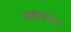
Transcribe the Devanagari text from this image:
ऱ्हासाबरोबर